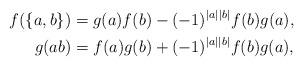
LaTeX: \begin{align*}f(\{a, b\})&=g(a)f(b)-(-1)^{|a||b|}f(b)g(a),\\g(ab)&=f(a)g(b)+(-1)^{|a||b|}f(b)g(a),\end{align*}